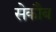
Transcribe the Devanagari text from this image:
सेकौब